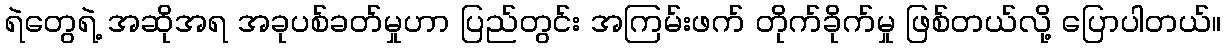
ရဲတွေရဲ့ အဆိုအရ အခုပစ်ခတ်မှုဟာ ပြည်တွင်း အကြမ်းဖက် တိုက်ခိုက်မှု ဖြစ်တယ်လို့ ပြောပါတယ်။